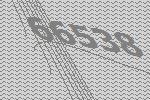
66538